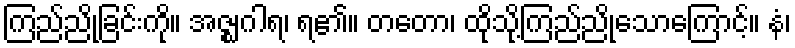
ကြည်ညိုခြင်းကို။ အဇ္ဈဂါရ၊ ရ၏။ တတော၊ ထိုသို့ကြည်ညိုသောကြောင့်။ နံ၊